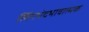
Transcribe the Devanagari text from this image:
लिंगभेदभावात्मक